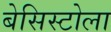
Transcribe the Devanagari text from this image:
बेसिस्टोला